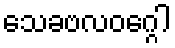
သေခဗလဝဂ္ဂေါ